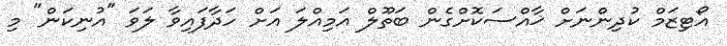
އޯޓިޒަމް ކުދިންނަށް ޚާއްސަކޮށްގެން ބަތޫލް އަމިއްލަ އަށް ހަދާފައިވާ ލަވަ "އުނިކަން" މި